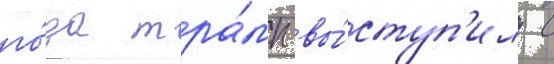
го́да тра́мп вы́ступ'ил с